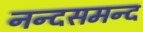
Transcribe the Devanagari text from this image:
नन्‍दसमन्‍द